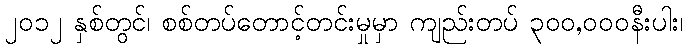
၂၀၁၂ နှစ်တွင်၊ စစ်တပ်တောင့်တင်းမှုမှာ ကျည်းတပ် ၃၀၀,၀၀၀နီးပါး၊